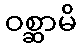
ဝစ္ဆာမိ